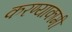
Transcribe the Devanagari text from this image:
करण्याकामी